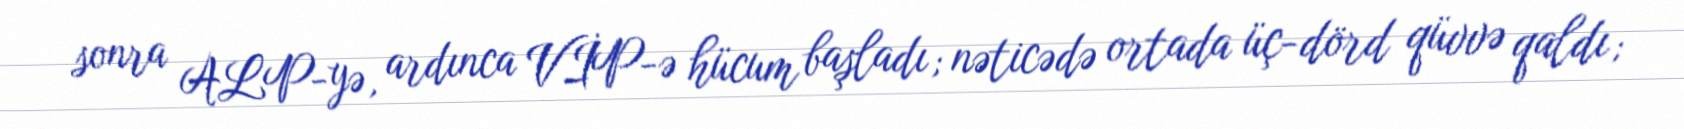
sonra ALP-yə, ardınca VİP-ə hücum başladı; nəticədə ortada üç-dörd qüvvə qaldı;